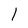
Character: l